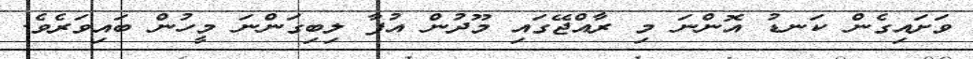
ވަށައިގެން ކަނޑު އޮންނަ މި ރާއްޖޭގައި މޫދުން އުފާ ލިބިގަންނަ މީހުން ބައިވަރެވެ.